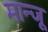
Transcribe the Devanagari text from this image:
मान्जू